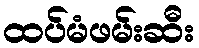
ထပ်မံဖမ်းဆီး